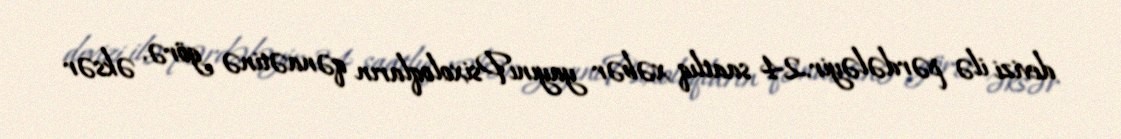
devizi ilə pərdələyir.24 saatlıq xəbər yayınıPsixoloqların qənaətinə görə, əksər